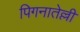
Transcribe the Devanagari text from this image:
पिगनातेल्ली